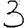
Digit: 3